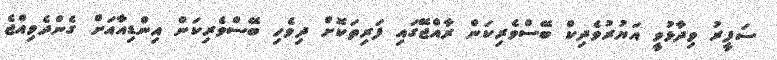
ސަފީރު ވިދާޅުވީ އަޔުރުވެދިކް ބޭސްވެރިކަން ރާއްޖޭގައި ފަރިތަކޮށް ދިވެހި ބޭސްވެރިކަން އިންޑިއާއަށް ގެންދެވިއްޖެ